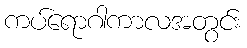
ကပ်ရောဂါကာလအတွင်း